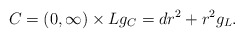
\begin{align*}C = (0, \infty) \times L g_C = dr^2 + r^2 g_L.\end{align*}